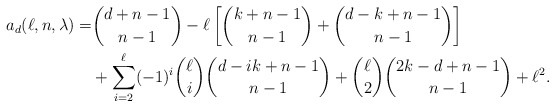
\begin{align*}a_d (\ell, n, \lambda) = & \binom{d+n-1}{n-1} - \ell \left [ \binom{k + n-1}{n-1} + \binom{d - k + n-1}{n-1} \right ] \\& + \sum_{i=2}^\ell (-1)^i \binom{\ell}{i} \binom{d - i k + n-1}{n-1} + \binom{\ell}{2} \binom{2 k - d +n -1}{n-1} + \ell^2. \end{align*}